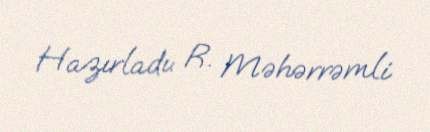
Hazırladı: R. Məhərrəmli